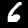
Digit: 6